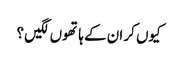
کیوں کر ان کے ہاتھوں لگیں ؟